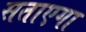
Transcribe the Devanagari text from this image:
सताएगा